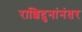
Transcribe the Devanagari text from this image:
राशिदुनांनंतर